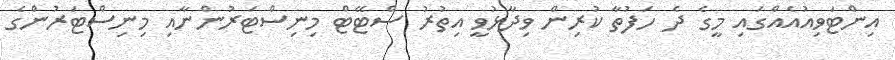
އިންޓަވިއުއެއްގައި މީގެ ދެ ހަފުތާ ކުރިން ވިދާޅުވީ އިތުރު ސްޓޭޓް މިނިސްޓަރުންނާއި މިނިސްޓަރުންގެ